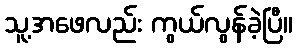
သူ့အဖေလည်း ကွယ်လွန်ခဲ့ပြီ။